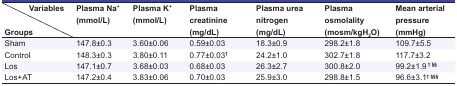
| Variables Groups | Plasma Na+(mmol/L) | Plasma K+(mmol/L) | Plasma creatinine(mg/dL) | Plasma urea nitrogen(mg/dL) | Plasma osmolality(mosm/kgH2O) | Mean arterial pressure(mmHg) |
 | --- | --- | --- | --- | --- | --- | --- |
 | Sham | 147.8±0.3 | 3.60±0.06 | 0.59±0.03 | 18.3±0.9 | 298.2±1.8 | 109.7±5.5 |
 | Control | 148.3±0.3 | 3.80±0.11 | 0.77±0.03† | 24.2±1.0 | 302.7±1.8 | 117.7±3.2 |
 | Los | 147.1±0.7 | 3.68±0.03 | 0.68±0.03 | 26.3±2.7 | 300.8±2.0 | 99.2±1.9 † §§ |
 | Los+AT | 147.2±0.4 | 3.83±0.06 | 0.70±0.03 | 25.9±3.0 | 298.8±1.5 | 96.6±3.1† §§§ |